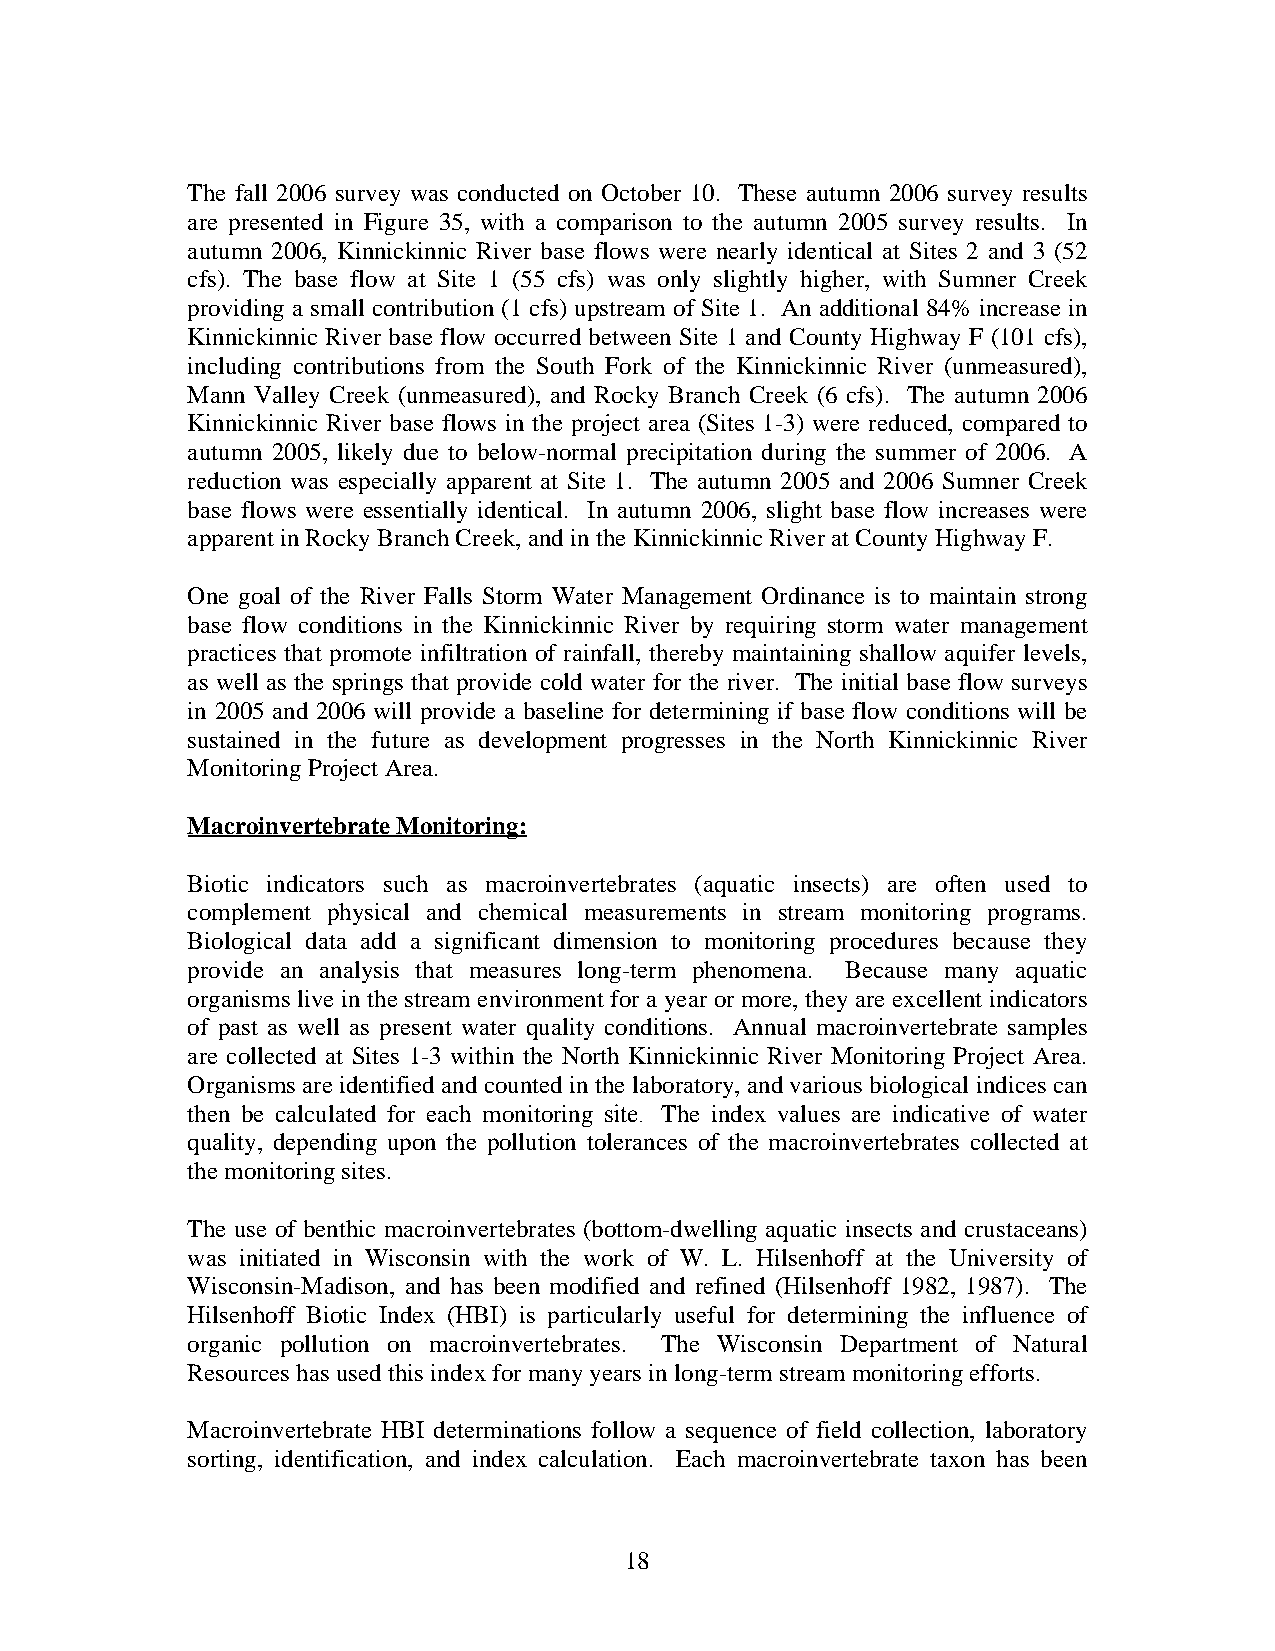
The fall 2006 survey was conducted on October 10. These autumn 2006 survey results
 are presented in Figure 35, with a comparison to the autumn 2005 survey results. In
 autumn 2006, Kinnickinnic River base flows were nearly identical at Sites 2 and 3 (52
 cfs). The base flow at Site 1 (55 cfs) was only slightly higher, with Sumner Creek
 providing a small contribution (1 cfs) upstream of Site 1. An additional 84% increase in
 Kinnickinnic River base flow occurred between Site 1 and County Highway F (101 cfs),
 including contributions from the South Fork of the Kinnickinnic River (unmeasured),
 Mann Valley Creek (unmeasured), and Rocky Branch Creek (6 cfs). The autumn 2006
 Kinnickinnic River base flows in the project area (Sites 1-3) were reduced, compared to
 autumn 2005, likely due to below-normal precipitation during the summer of 2006. A
 reduction was especially apparent at Site 1. The autumn 2005 and 2006 Sumner Creek
 base flows were essentially identical. In autumn 2006, slight base flow increases were
 apparent in Rocky Branch Creek, and in the Kinnickinnic River at County Highway F.
 One goal of the River Falls Storm Water Management Ordinance is to maintain strong
 base flow conditions in the Kinnickinnic River by requiring storm water management
 practices that promote infiltration of rainfall, thereby maintaining shallow aquifer levels,
 as well as the springs that provide cold water for the river. The initial base flow surveys
 in 2005 and 2006 will provide a baseline for determining if base flow conditions will be
 sustained in the future as development progresses in the North Kinnickinnic River
 Monitoring Project Area.
 Macroinvertebrate Monitoring:
 Biotic indicators such as macroinvertebrates (aquatic insects) are often used to
 complement physical and chemical measurements in stream monitoring programs.
 Biological data add a significant dimension to monitoring procedures because they
 provide an analysis that measures long-term phenomena. Because many aquatic
 organisms live in the stream environment for a year or more, they a re excellent indicators
 of past as well as present water quality conditions. Annual macroinvertebrate samples
 are collected at Sites 1-3 within the North Kinnickinnic River Monitoring Project Area.
 Organisms ar e identified and counted in the laboratory, and v arious biological indices can
 then b e calculated for each monitoring site. The index values are indicative of water
 quality, depending upon the pollution tolerances of the macroinvertebrates collected at
 the monitoring sites.
 The use of benthic macroinvertebrates (bottom-dwelling aquatic i nsects and crustaceans)
 was initiated in Wisconsin with the work of W. L. Hilsenhoff at the University of
 Wisconsin-Madison, and has been modified and refined (Hilsenhoff 1982, 1987). The
 Hilsenhoff Biotic Index (HBI ) is particularly useful for determining the influence of
 organic pollution on macroinvertebrates. The Wisconsin Department of Natural
 Resources has used this index for many years in long-term stream monitoring efforts.
 Macroinvertebrate HBI determinations follow a sequence of field collection, laboratory
 sorting, identification, and index c alculatio n. Each macroinvertebrate taxon has been
 18